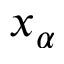
x _ { \alpha }